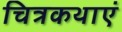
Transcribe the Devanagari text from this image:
चित्रकथाएं